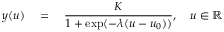
y ( u ) \quad = \quad \frac { K } { 1 + \exp ( - \lambda ( u - u _ { 0 } ) ) } , \quad u \in \mathbb { R }